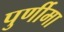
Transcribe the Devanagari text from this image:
पुर्णीमा